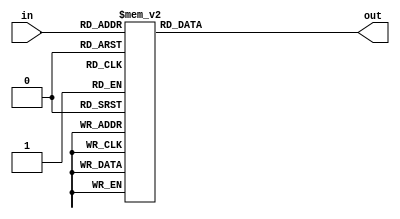
module Afisaj(
    output reg[7:0] out,
    input  [3:0] in
);
always@(in) begin
  case(in)
    0: out = 8'b11000000;
    1: out = 8'b11111001;
    2: out = 8'b10100100;
    3: out = 8'b10110000;
    4: out = 8'b10011001;
    5: out = 8'b10010010;
    6: out = 8'b10000010;
    7: out = 8'b11111000;
    8: out = 8'b10000000;
    9: out = 8'b10010000;
    default: out = 8'b00001010;
  endcase
  end
  endmodule